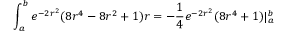
\int _ { a } ^ { b } e ^ { - 2 r ^ { 2 } } ( 8 r ^ { 4 } - 8 r ^ { 2 } + 1 ) r = - \frac { 1 } { 4 } e ^ { - 2 r ^ { 2 } } ( 8 r ^ { 4 } + 1 ) | _ { a } ^ { b }